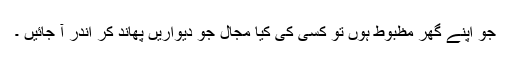
جو اپنے گھر مظبوط ہوں تو کسی کی کیا مجال جو دیواریں پھاند کر اندر آ جائیں ۔